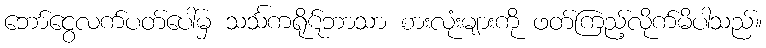
ဘော်ငွေလက်ပတ်ပေါ်မှ သင်္သကရိုဋ်ဘာသာ စားလုံးများကို ဖတ်ကြည့်လိုက်မိပါသည်။